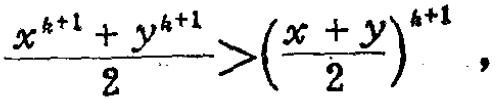
\frac{x^{k + 1} + y^{k + 1}}{2} > \left(\frac{x + y}{2}\right)^{k + 1},